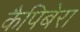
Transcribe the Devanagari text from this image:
कैपिबेरा